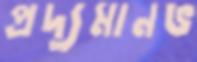
প্রদ্যুমানভ